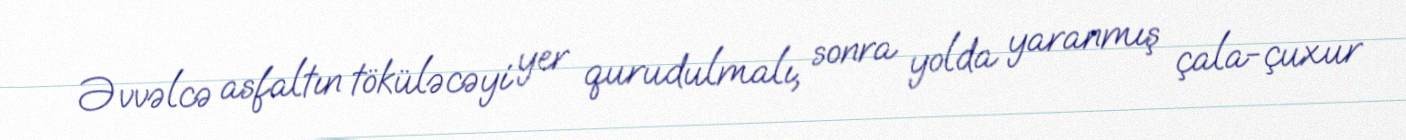
Əvvəlcə asfaltın töküləcəyi yer qurudulmalı, sonra yolda yaranmış çala-çuxur